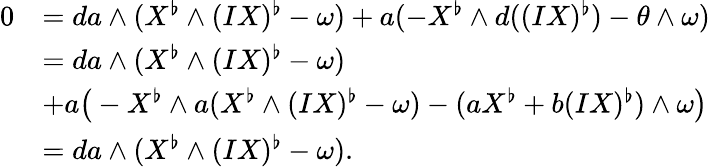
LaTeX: \begin{array}{rl}{0}&{=da\wedge(X^{\flat}\wedge(IX)^{\flat}-\omega)+a(-X^{\flat}\wedge d((IX)^{\flat})-\theta\wedge\omega)}\\ &{=da\wedge(X^{\flat}\wedge(IX)^{\flat}-\omega)}\\ &{+a\big(-X^{\flat}\wedge a(X^{\flat}\wedge(IX)^{\flat}-\omega)-(aX^{\flat}+b(IX)^{\flat})\wedge\omega\big)}\\ &{=da\wedge(X^{\flat}\wedge(IX)^{\flat}-\omega).}\end{array}